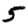
Digit: 5